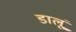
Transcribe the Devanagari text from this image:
डालूं